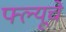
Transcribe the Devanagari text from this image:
फ्ल्यूचे